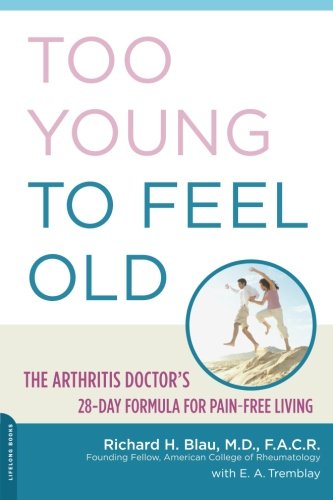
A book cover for Too Young to Feel Old: The Arthritis Doctor's 28-Day Formula for Pain-Free Living; Richard H. Blau; Health, Fitness & Dieting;